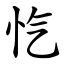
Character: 忾